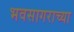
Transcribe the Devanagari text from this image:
भवसागराच्या